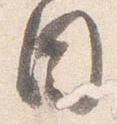
目